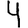
Digit: 4